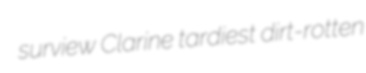
surview Clarine tardiest dirt-rotten